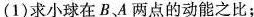
(1)求小球在B、A两点的动能之比；